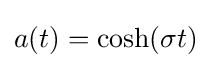
a(t)=\cosh(\sigma t)